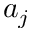
a _ { j }